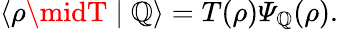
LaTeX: \langle\rho\midT\mid\mathbb{Q}\rangle=T(\rho){\mit\Psi}_{\mathbb{Q}}(\rho).